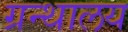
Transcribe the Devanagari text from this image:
ग्रन्‍थालय